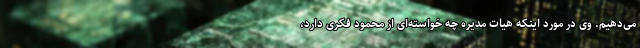
می‌دهیم. وی در مورد اینکه هیات مدیره چه خواسته‌ای از محمود فکری دارد،